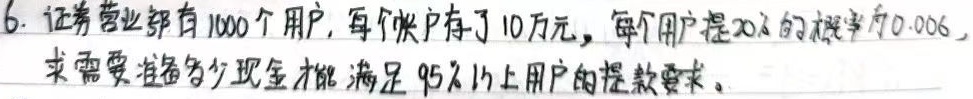
6. 证券营业部有 \(1000\) 个用户，每个账户存了 \(10\) 万元，每个用户提 \(20\%\) 的概率为 \(0.006\)，求需要准备多少现金才能满足 \(95\%\) 以上用户的提款要求。